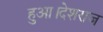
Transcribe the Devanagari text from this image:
हुआ।देशराज